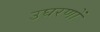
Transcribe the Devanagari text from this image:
उघरणों